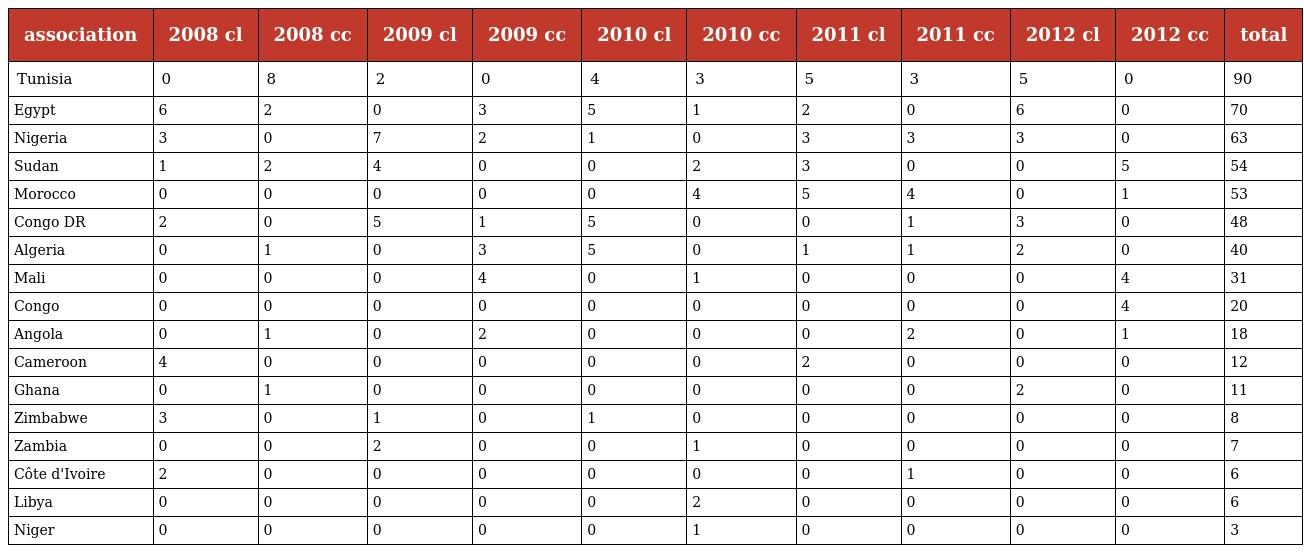
| association | 2008 cl | 2008 cc | 2009 cl | 2009 cc | 2010 cl | 2010 cc | 2011 cl | 2011 cc | 2012 cl | 2012 cc | total |
 | --- | --- | --- | --- | --- | --- | --- | --- | --- | --- | --- | --- |
 | Tunisia | 0 | 8 | 2 | 0 | 4 | 3 | 5 | 3 | 5 | 0 | 90 |
 | Egypt | 6 | 2 | 0 | 3 | 5 | 1 | 2 | 0 | 6 | 0 | 70 |
 | Nigeria | 3 | 0 | 7 | 2 | 1 | 0 | 3 | 3 | 3 | 0 | 63 |
 | Sudan | 1 | 2 | 4 | 0 | 0 | 2 | 3 | 0 | 0 | 5 | 54 |
 | Morocco | 0 | 0 | 0 | 0 | 0 | 4 | 5 | 4 | 0 | 1 | 53 |
 | Congo DR | 2 | 0 | 5 | 1 | 5 | 0 | 0 | 1 | 3 | 0 | 48 |
 | Algeria | 0 | 1 | 0 | 3 | 5 | 0 | 1 | 1 | 2 | 0 | 40 |
 | Mali | 0 | 0 | 0 | 4 | 0 | 1 | 0 | 0 | 0 | 4 | 31 |
 | Congo | 0 | 0 | 0 | 0 | 0 | 0 | 0 | 0 | 0 | 4 | 20 |
 | Angola | 0 | 1 | 0 | 2 | 0 | 0 | 0 | 2 | 0 | 1 | 18 |
 | Cameroon | 4 | 0 | 0 | 0 | 0 | 0 | 2 | 0 | 0 | 0 | 12 |
 | Ghana | 0 | 1 | 0 | 0 | 0 | 0 | 0 | 0 | 2 | 0 | 11 |
 | Zimbabwe | 3 | 0 | 1 | 0 | 1 | 0 | 0 | 0 | 0 | 0 | 8 |
 | Zambia | 0 | 0 | 2 | 0 | 0 | 1 | 0 | 0 | 0 | 0 | 7 |
 | Côte d'Ivoire | 2 | 0 | 0 | 0 | 0 | 0 | 0 | 1 | 0 | 0 | 6 |
 | Libya | 0 | 0 | 0 | 0 | 0 | 2 | 0 | 0 | 0 | 0 | 6 |
 | Niger | 0 | 0 | 0 | 0 | 0 | 1 | 0 | 0 | 0 | 0 | 3 |